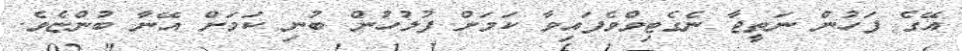
އޭގެ ފަހުން ނަތީޖާ ނެގެޓިވްވެފައިވާ ކަމަށް ފުލުހުން ބުނި ކަމަށް އޭނާ ބުންޏެވެ.